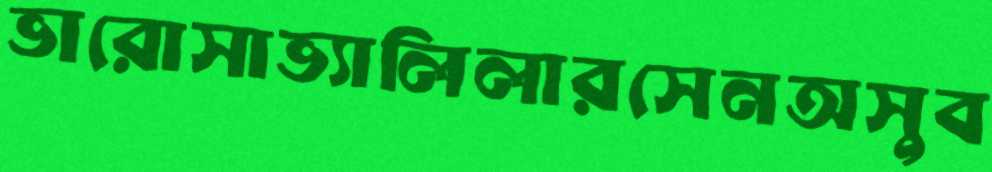
ভারোসাভ্যালিলারসেনঅসুব